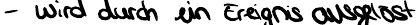
- wird durch ein Ereignis ausgelöst